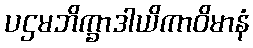
ပဌမဘိက္ခာဒါယိကာဝိမာနံ